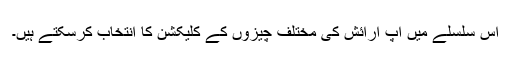
اس سلسلے میں آپ آرائش کی مختلف چیزوں کے کلیکشن کا انتخاب کرسکتے ہیں۔